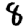
Digit: 8